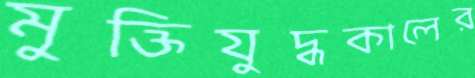
মুক্তিযুদ্ধকালের